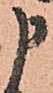
申